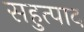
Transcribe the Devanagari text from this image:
सहुत्पाद